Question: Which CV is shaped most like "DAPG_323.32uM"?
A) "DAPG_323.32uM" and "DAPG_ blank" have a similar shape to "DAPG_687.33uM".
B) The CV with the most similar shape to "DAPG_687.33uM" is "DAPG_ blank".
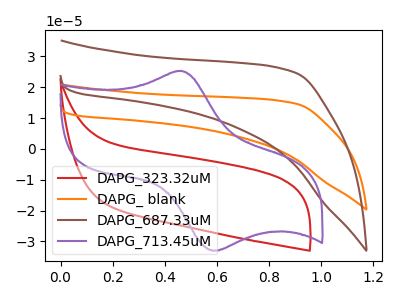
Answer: <think>The red curve "DAPG_323.32uM" has no peaks. The orange curve "DAPG_ blank" has no peaks. The brown curve "DAPG_687.33uM" has no peaks. The purple curve "DAPG_713.45uM" has an anodic peak at (0.45V, 25.35uA) and a cathodic peak at (0.60V, -33.05uA).
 Neither "DAPG_323.32uM" or "DAPG_ blank" have any peaks. Neither "DAPG_323.32uM" or "DAPG_687.33uM" have any peaks. "DAPG_323.32uM" and "DAPG_713.45uM" have a different number of peaks. Neither "DAPG_ blank" or "DAPG_687.33uM" have any peaks. "DAPG_ blank" and "DAPG_713.45uM" have a different number of peaks. "DAPG_687.33uM" and "DAPG_713.45uM" have a different number of peaks.</think>
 <answer>A) "DAPG_323.32uM" and "DAPG_ blank" have a similar shape to "DAPG_687.33uM".</answer>
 <eval>A</eval>